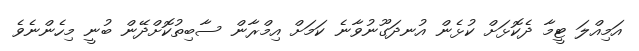
އަމިއްލަ ޓީމާ ދެކޮޅަށް ކުޅެން އުނދަގޫނުވާނެ ކަމަށް އިމްރާން ސާބިތުކޮށްދޭން ބުނީ މިހެންނެވެ